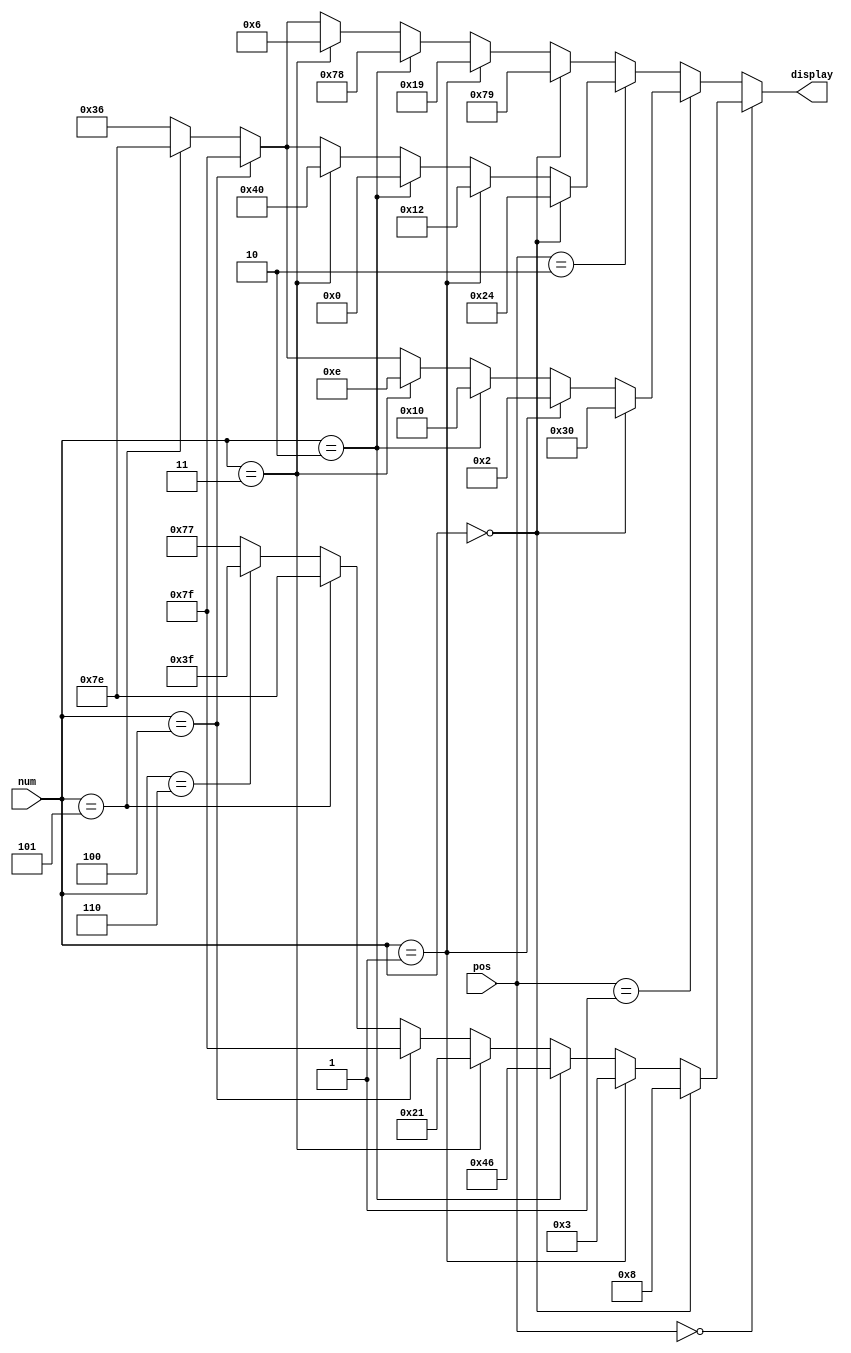
`timescale 1ns / 1ps
//////////////////////////////////////////////////////////////////////////////////
// Company: 
// Engineer: 
// 
// Design Name: 
// Module Name:    displaySelector 
// Project Name: 
// Target Devices: 
// Tool versions: 
// Description: 
//
// Dependencies: 
//
// Revision: 
// Revision 0.01 - File Created
// Additional Comments: 
//
//////////////////////////////////////////////////////////////////////////////////
module displaySelector(
	input [2:0] num,
	input [1:0] pos,
	output [6:0] display
    );
	 
	 assign display = (pos == 0)? //derecha
								(num == 0)? 7'b0001000 :
								(num == 1)? 7'b0000011 :
								(num == 2)? 7'b1000110 :
								(num == 3)? 7'b0100001 :
								(num == 4)? 7'b1111111 :
								(num == 5)? 7'b1111110 :
								(num == 6)? 7'b0111111 :
								7'b1110111:
							(pos == 1)?
								(num == 0)? 7'b0110000 :
								(num == 1)? 7'b0000010 :
								(num == 2)? 7'b0010000 :
								(num == 3)? 7'b0001110 :
								(num == 4)? 7'b1111111 :
								(num == 5)? 7'b1111110 :
								7'b0110110:
							(pos == 2)?
								(num == 0)? 7'b0100100 :
								(num == 1)? 7'b0010010 :
								(num == 2)? 7'b0000000 :
								(num == 3)? 7'b1000000 :
								(num == 4)? 7'b1111111 :
								(num == 5)? 7'b1111110 :
								7'b0110110:
								
								(num == 0)? 7'b1111001 :
								(num == 1)? 7'b0011001 :
								(num == 2)? 7'b1111000 :
								(num == 3)? 7'b0000110 :
								(num == 4)? 7'b1111111 :
								(num == 5)? 7'b1111110 :
								7'b0110110;


endmodule